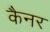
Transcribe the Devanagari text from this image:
कैनर